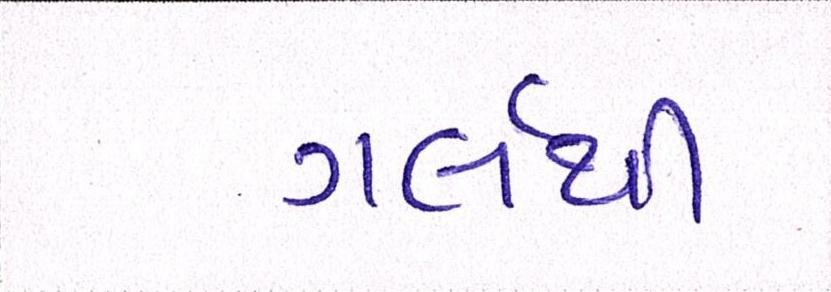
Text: ગર્લથી